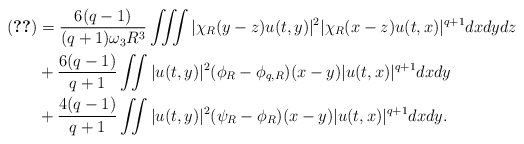
\begin{align*}\eqref{term-5} &=\frac{6(q-1)}{(q+1)\omega_3 R^3}\iiint |\chi_R(y-z)u(t,y)|^2 |\chi_R(x-z)u(t,x)|^{q+1} dxdydz \\& +\frac{6(q-1)}{q+1} \iint |u(t,y)|^2 (\phi_R-\phi_{q,R})(x-y) |u(t,x)|^{q+1} dxdy\\& +\frac{4(q-1)}{q+1}\iint |u(t,y)|^2 (\psi_R-\phi_R)(x-y) |u(t,x)|^{q+1} dxdy.\end{align*}